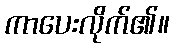
ကာပေးလိုက်၏။